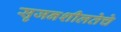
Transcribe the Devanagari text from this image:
सृजनशीलतेचे